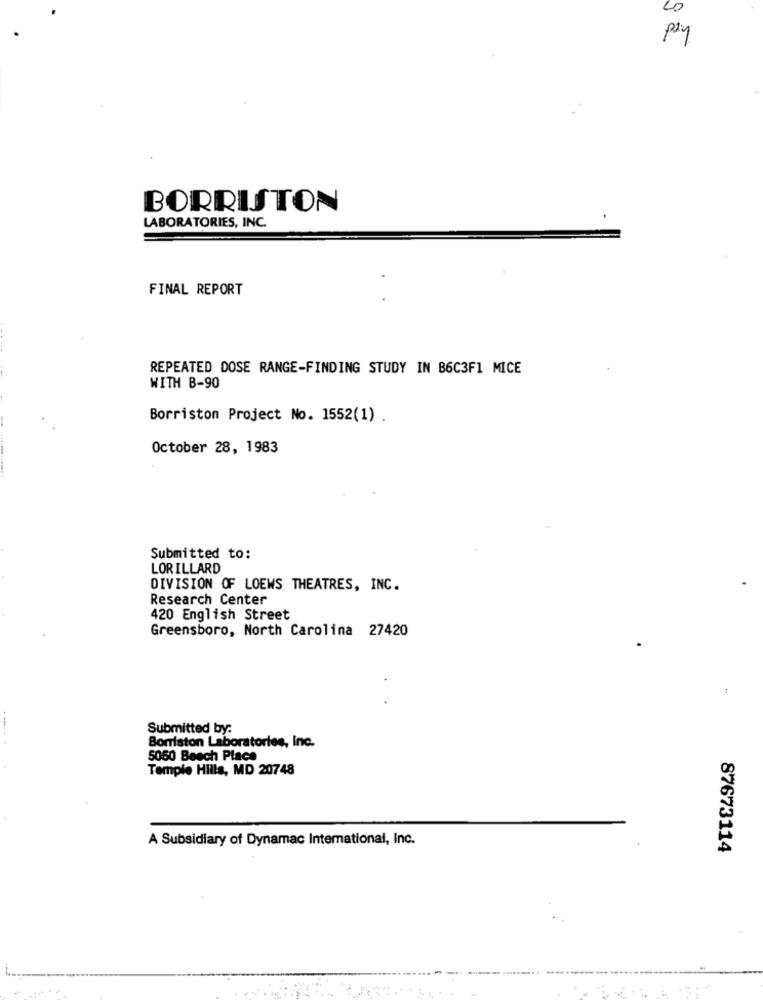
pay
BORRISTON
LABORATORIES, INC.
FINAL REPORT
REPEATED DOSE RANGE-FINDING STUDY IN B6C3F1 MICE
WITH B-90
Borriston Project No. 1552(1) .
October 28, 1983
Submitted to:
LORILLARD
DIVISION OF LOEWS THEATRES, INC.
Research Center
420 English Street
Greensboro, North Carolina 27420
Submitted by:
Borriston Laboratories, Inc.
5050 Beech Place
Temple Hills, MD 20748
A Subsidiary of Dynamac International, Inc.
87673114